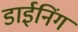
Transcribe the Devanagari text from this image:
डाईनिंग